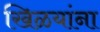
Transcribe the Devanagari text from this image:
खिळयांना